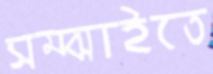
সম্‌ঝাইতে